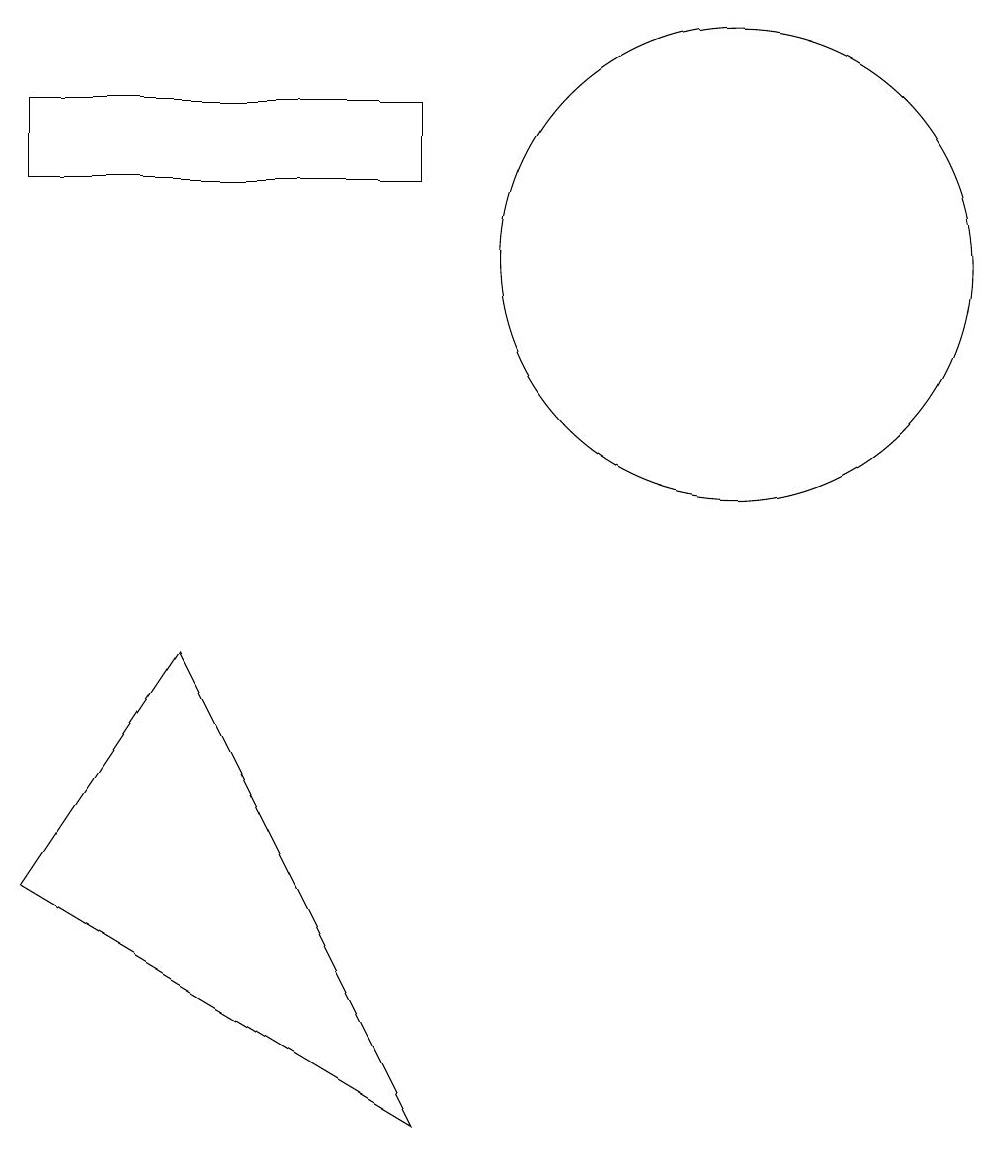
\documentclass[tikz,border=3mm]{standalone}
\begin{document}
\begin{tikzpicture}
\draw (8,1) -- (5,7) -- (3,4) -- cycle;
\draw (8,14) rectangle (3,13);
\draw (12,12) circle (3);
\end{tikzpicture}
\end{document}